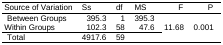
<table><thead><tr><td><b>Source of Variation</b></td><td><b>Ss</b></td><td><b>df</b></td><td><b>MS</b></td><td><b>F</b></td><td><b>P</b></td></tr></thead><tbody><tr><td>Between Groups</td><td> 395.3</td><td> 1</td><td>395.3</td><td rowspan="3">11.68</td><td rowspan="3">0.001</td></tr><tr><td>Within Groups</td><td> 102.3</td><td>58</td><td> 47.6</td></tr><tr><td>Total</td><td>4917.6</td><td>59</td><td></td></tr></tbody></table>